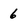
Character: 6